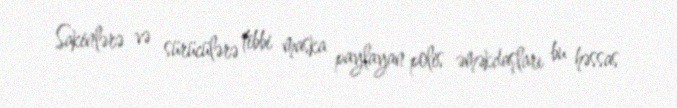
Sakinlərə və sürücülərə tibbi maska paylayan polis əməkdaşları bu həssas